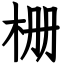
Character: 栅